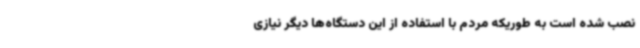
نصب شده است به طوریکه مردم با استفاده از این دستگاه‌ها دیگر نیازی